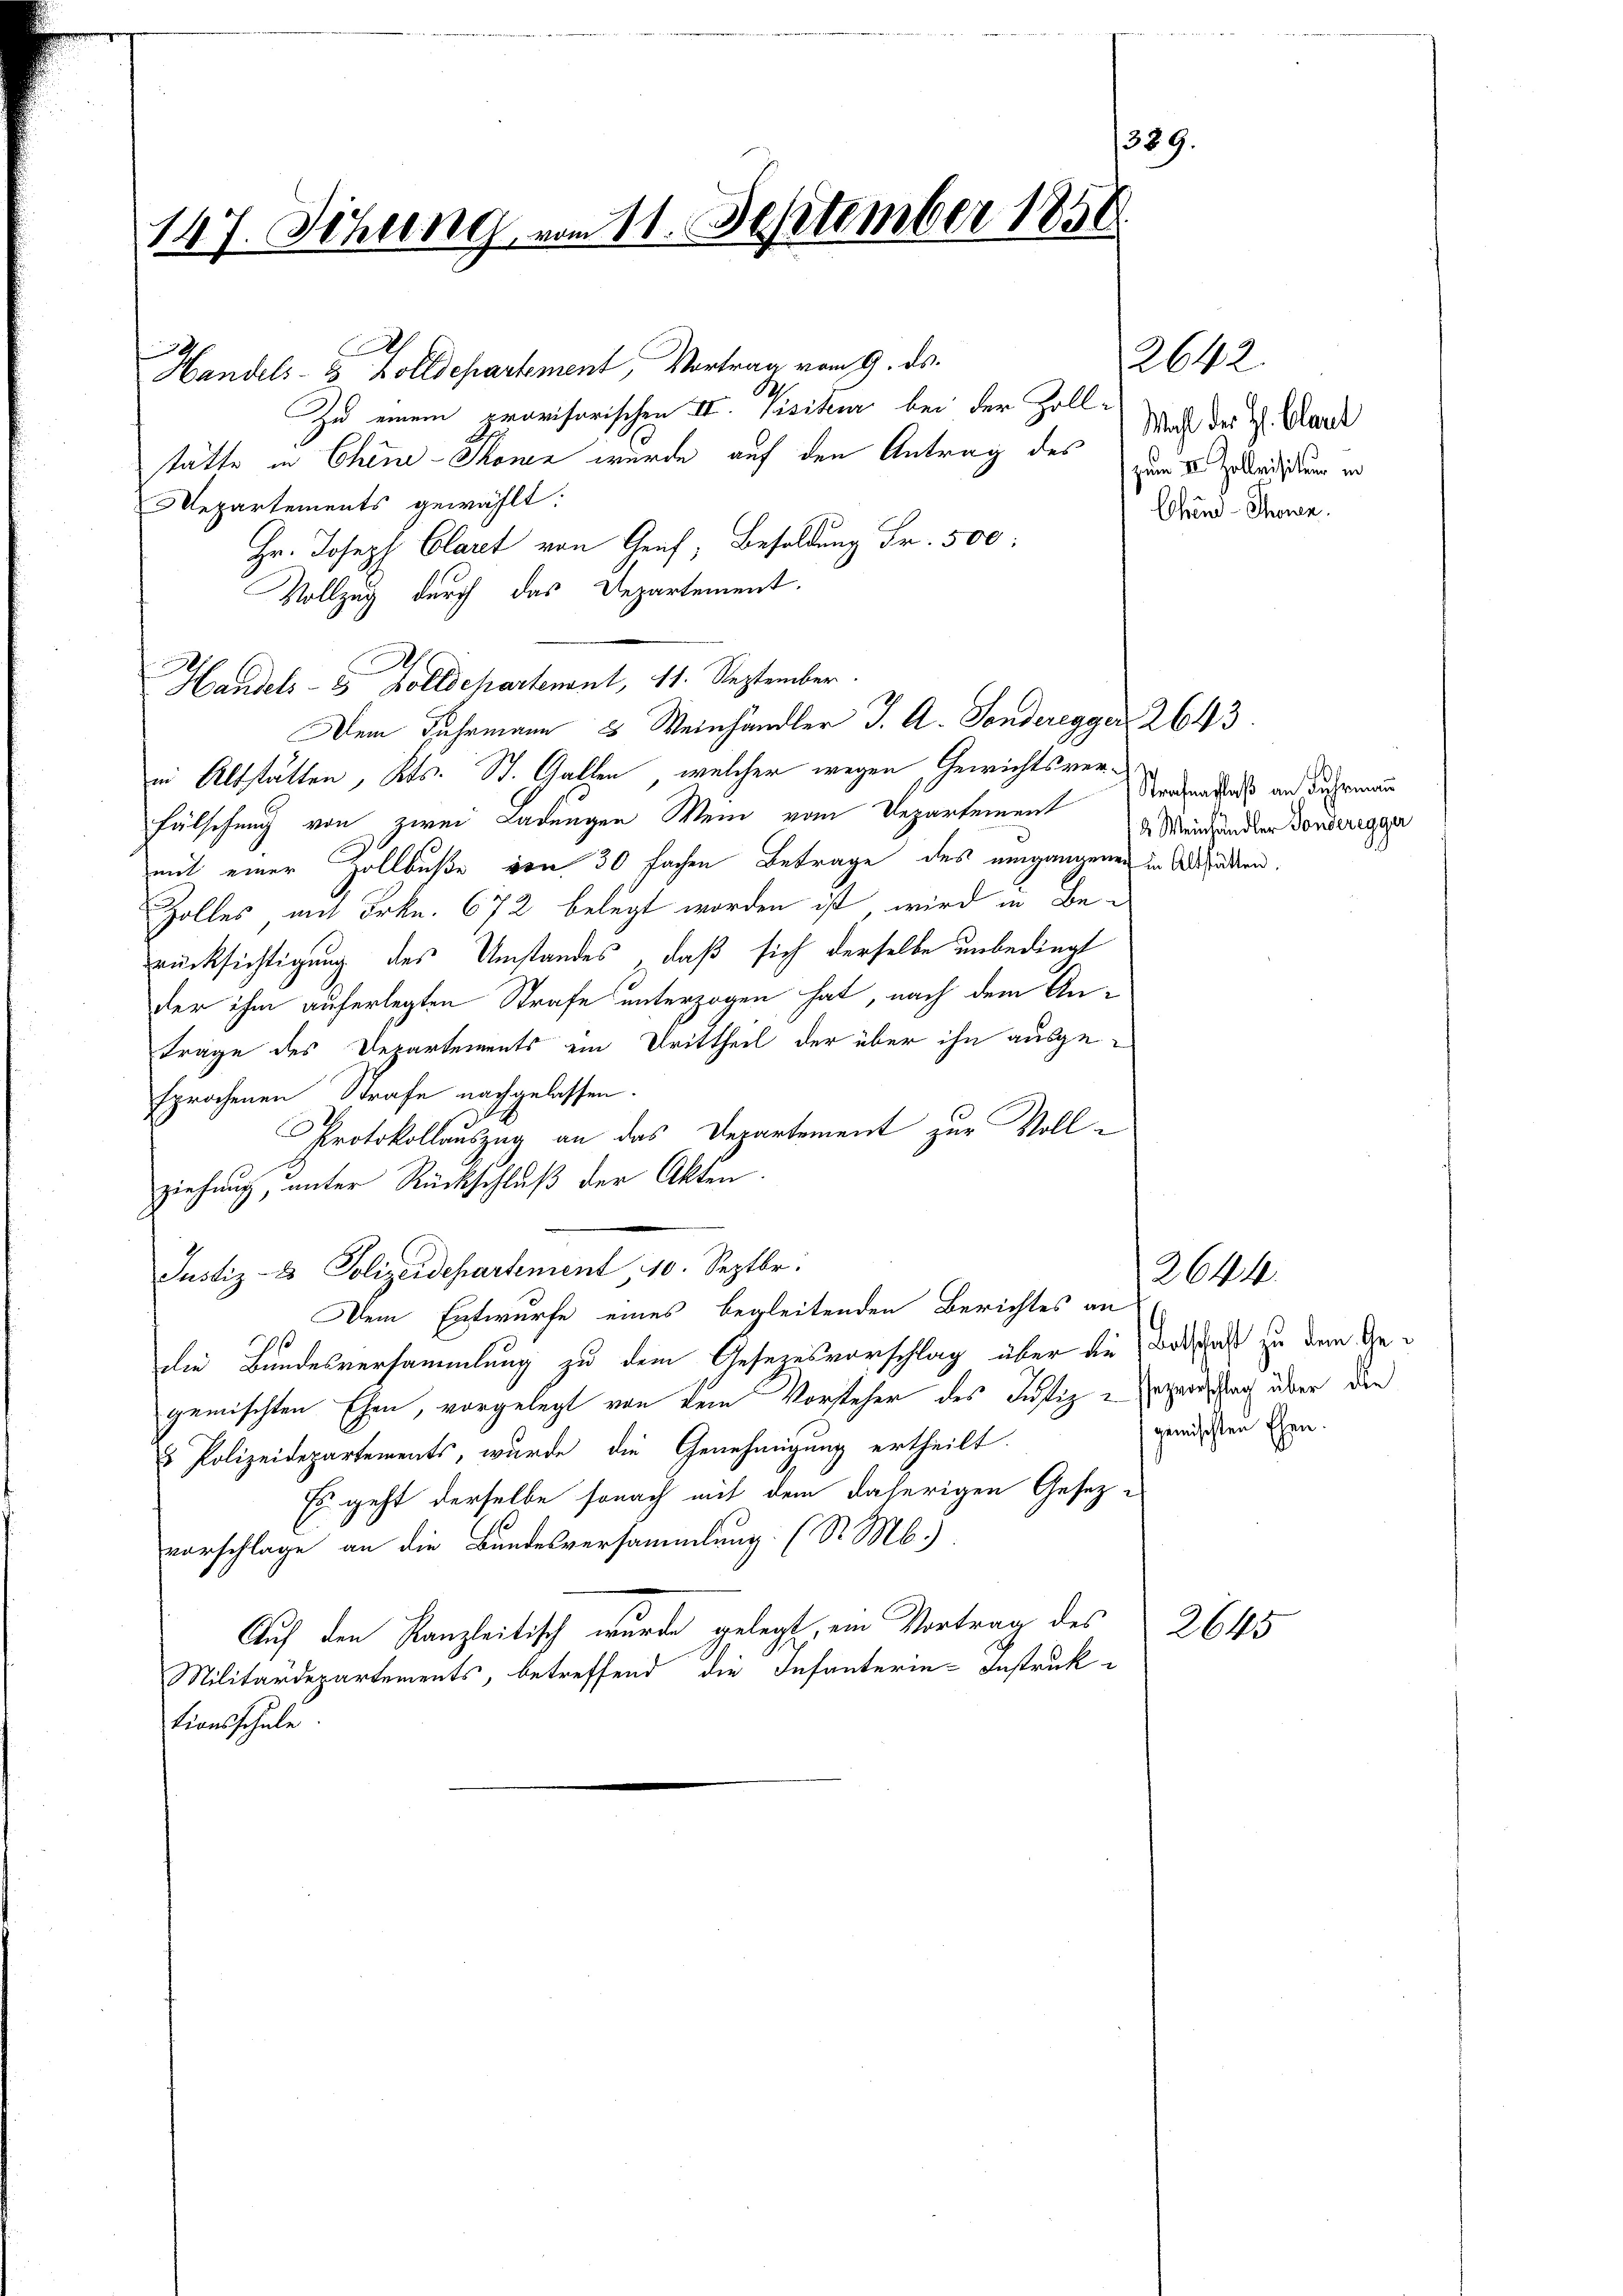
389.
147. Sitzung vom 11. September 1850.

.

Handels- & Zolldepartement, Vortrag vom 9. ds.
.
Zu einem provisorischen II. Visiteur bei der Zoll-
stätte in Chine-Thonen wurde auf den Antrag des dem Erledigung in
Mepartements gewählt:
Hr. Joseph Claret von Genf, Besoldung Fr. 500:
Vollzug durch das Departement.
Handels- & Zolldepartenant, 11. September.
Dem Fuhrmann 2 Weinhandler J. A. Sonderegger 2643.
in Altstätten, Kts. St. Gallen, welcher wegen Gewichtsverfälschung von zwei Ladungen Mein vom Departement
mit einer Zollbuße von 30 fachen Betrage des umgangenen in Ausstädten,
Zolles mit Frkn. 672 belegt worden ist, wird in Be-
rücksichtigung des Umstandes daß sich derselbe unbedingt
der ihm auferlegten Strafe unterzogen hat, nach dem An-
träge des Departements ein Drittheil der über ihn ausgesprochenen Strafe nachgelassen.
Protokollauszug an das Departement zur Vollziehung, unter Rückschluß der Akten.
Justiz- & Polizeidepartement 10. Septbr.
Dem Entwurfe eines begleitenden Berichtes an
Die Bundesversammlung zu dem Gesezesvorschlag über die Botschaft zu dem Gegemischten Ehen, vorgelegt von dem Vorsteher des Justiz - Grzensstrag über den
u Polizeidepartements, wurde die Genehmigung ertheilt.
Es geht derselbe sonach mit dem daherigen Gesetz-
vorschlage an die Bundesversammlung. (S. M.)
Auf den Kanzleitisch wurde gelegt, ein Vortrag des
Militärdepartements, betreffend die Infanterie-Instruk
tionsschule

2642.
Wahl der H. Clart
Cohrend-Thown.

Strafenschlaß an Fuhrmann
2 Weinhändler Sonderegger

gemischten Ehen.

2644.

2645